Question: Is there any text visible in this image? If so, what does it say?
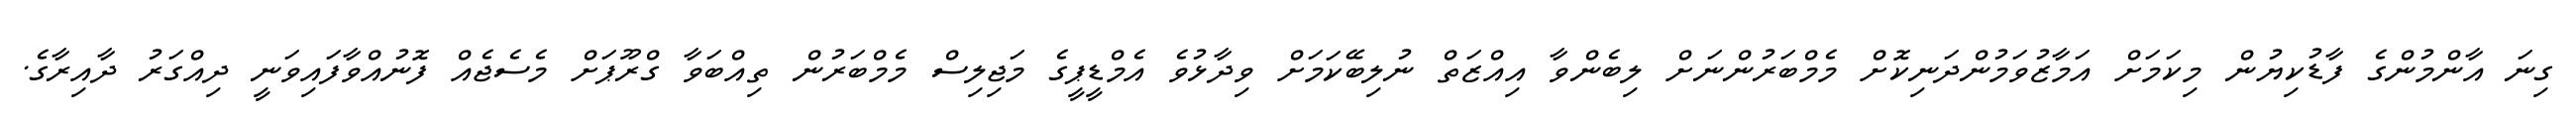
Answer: ގިނަ އާންމުންގެ ފާޑުކިޔުން މިކަމަށް އަމާޒުވަމުންދަނިކޮށް މެމްބަރުންނަށް ލިބެންވާ އިއްޒަތް ނުލިބޭކަމަށް ވިދާޅުވެ އެމްޑީޕީގެ މަޖިލިސް މެމްބަރުން ތިއްބަވާ ގްރޫޕަށް މެސެޖެއް ފޮނުއްވާފައިވަނީ ދިއްގަރު ދާއިރާގެ.